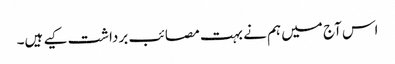
اس آج میں ہم نے بہت مصائب برداشت کیے ہیں۔